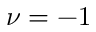
\nu = - 1